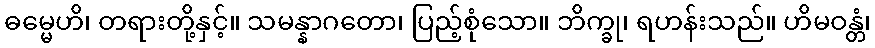
ဓမ္မေဟိ၊ တရားတို့နှင့်။ သမန္နာဂတော၊ ပြည့်စုံသော။ ဘိက္ခု၊ ရဟန်းသည်။ ဟိမဝန္တံ၊